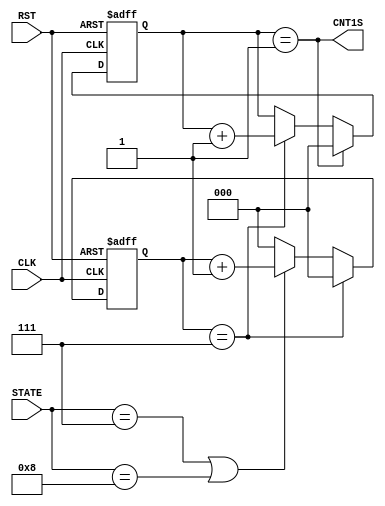
module CNT1SEC(
    input CLK, RST,
    input [3:0] STATE,
    output CNT1S
);

localparam WRONG = 4'b0111, GOOD = 4'b1000, OUCH = 4'b1001, WIN = 4'b1010, LOSE = 4'b1011, DRAW = 4'b0110;

reg [2:0] cnt;
reg [2:0] sec;
wire EN1HZ;
initial begin
    sec <= 3'b0;
    cnt <= 3'b0;
end

assign EN1HZ = (cnt == 3'd7);
assign CNT1S = (sec == 3'd1);

always @(posedge CLK or posedge RST) begin
    if (RST)
        cnt <= 3'b0;
    else if (EN1HZ)
        cnt <= 3'b0;
    else if (STATE == WRONG || STATE == GOOD)
        cnt <= cnt + 3'b1;
    else
        cnt <= 3'b0;
end

always @(posedge CLK or posedge RST) begin
    if (RST)
        sec <= 3'd0;
    else if (sec == 3'd1)
        sec <= 3'd0;
    else if (EN1HZ)
        sec <= sec + 3'd1;
end

endmodule